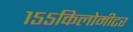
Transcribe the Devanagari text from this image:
१५५किलोमीटर